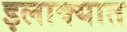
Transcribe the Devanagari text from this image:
इलाक्यात